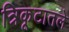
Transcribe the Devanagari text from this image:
त्रिकूटातले